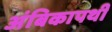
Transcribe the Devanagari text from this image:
अंबिकापथी